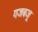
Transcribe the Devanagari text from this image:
गजबजू